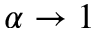
\alpha \rightarrow 1